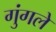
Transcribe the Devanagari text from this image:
गुंगले